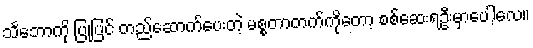
သင်္ဘောကို ပြုပြင် တည်ဆောက်ပေးတဲ့ မစ္စတာတက်ကိုတော့ စစ်ဆေးရဦးမှာပေါ့လေ။